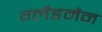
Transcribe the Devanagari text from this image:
ग्लैडमैन